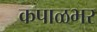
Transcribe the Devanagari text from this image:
कपाळभर